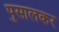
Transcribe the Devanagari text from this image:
पुसालकर